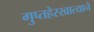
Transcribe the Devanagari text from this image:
गुप्तहेरखात्याने